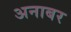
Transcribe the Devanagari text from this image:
अनाबर